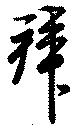
拜